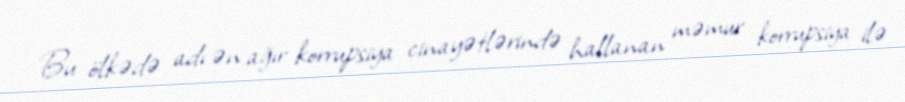
Bu ölkədə adı ən ağır korrupsiya cinayətlərində hallanan məmur korrupsiya ilə